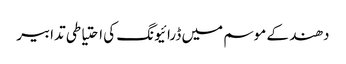
دھند کے موسم میں ڈرائیونگ کی احتیاطی تدابیر